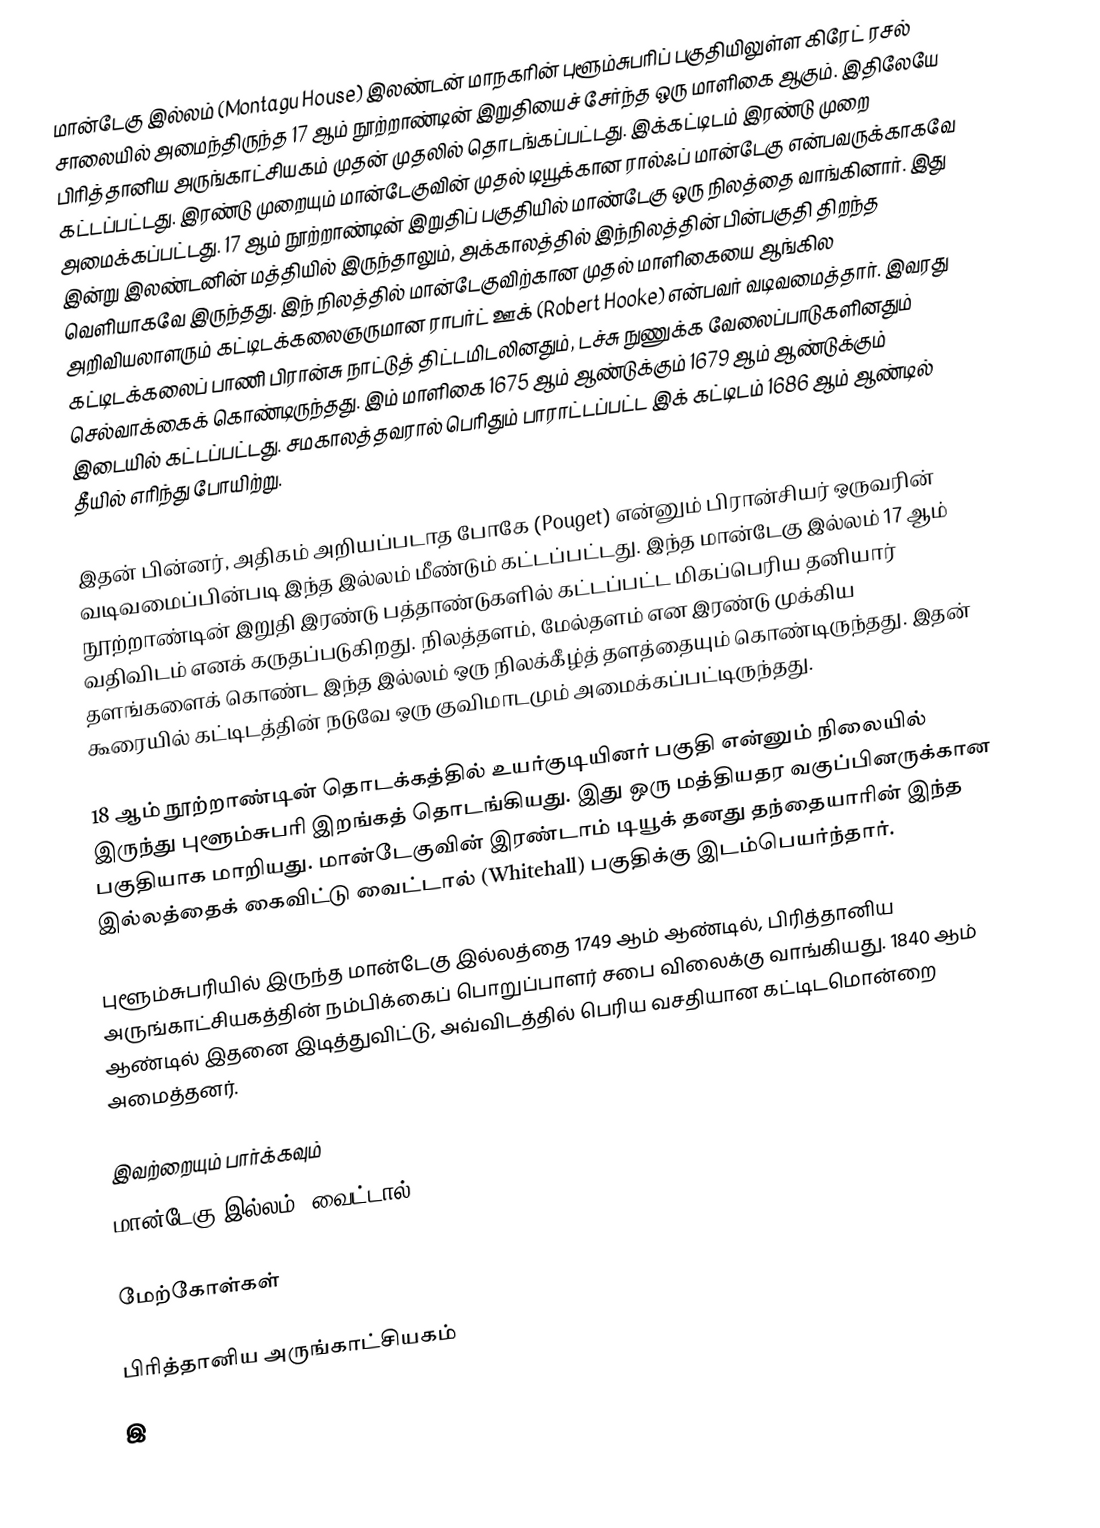
மான்டேகு இல்லம் (Montagu House) இலண்டன் மாநகரின் புளூம்சுபரிப் பகுதியிலுள்ள கிரேட் ரசல் சாலையில் அமைந்திருந்த 17 ஆம் நூற்றாண்டின் இறுதியைச் சேர்ந்த ஒரு மாளிகை ஆகும். இதிலேயே பிரித்தானிய அருங்காட்சியகம் முதன் முதலில் தொடங்கப்பட்டது. இக்கட்டிடம் இரண்டு முறை கட்டப்பட்டது. இரண்டு முறையும் மான்டேகுவின் முதல் டியூக்கான ரால்ஃப் மான்டேகு என்பவருக்காகவே அமைக்கப்பட்டது. 17 ஆம் நூற்றாண்டின் இறுதிப் பகுதியில் மாண்டேகு ஒரு நிலத்தை வாங்கினார். இது இன்று இலண்டனின் மத்தியில் இருந்தாலும், அக்காலத்தில் இந்நிலத்தின் பின்பகுதி திறந்த வெளியாகவே இருந்தது. இந் நிலத்தில் மான்டேகுவிற்கான முதல் மாளிகையை ஆங்கில அறிவியலாளரும் கட்டிடக்கலைஞருமான ராபர்ட் ஊக் (Robert Hooke) என்பவர் வடிவமைத்தார். இவரது கட்டிடக்கலைப் பாணி பிரான்சு நாட்டுத் திட்டமிடலினதும், டச்சு நுணுக்க வேலைப்பாடுகளினதும் செல்வாக்கைக் கொண்டிருந்தது. இம் மாளிகை 1675 ஆம் ஆண்டுக்கும் 1679 ஆம் ஆண்டுக்கும் இடையில் கட்டப்பட்டது. சமகாலத்தவரால் பெரிதும் பாராட்டப்பட்ட இக் கட்டிடம் 1686 ஆம் ஆண்டில் தீயில் எரிந்து போயிற்று.

இதன் பின்னர், அதிகம் அறியப்படாத போகே (Pouget) என்னும் பிரான்சியர் ஒருவரின் வடிவமைப்பின்படி இந்த இல்லம் மீண்டும் கட்டப்பட்டது. இந்த மான்டேகு இல்லம் 17 ஆம் நூற்றாண்டின் இறுதி இரண்டு பத்தாண்டுகளில் கட்டப்பட்ட மிகப்பெரிய தனியார் வதிவிடம் எனக் கருதப்படுகிறது. நிலத்தளம், மேல்தளம் என இரண்டு முக்கிய தளங்களைக் கொண்ட இந்த இல்லம் ஒரு நிலக்கீழ்த் தளத்தையும் கொண்டிருந்தது. இதன் கூரையில் கட்டிடத்தின் நடுவே ஒரு குவிமாடமும் அமைக்கப்பட்டிருந்தது.

18 ஆம் நூற்றாண்டின் தொடக்கத்தில் உயர்குடியினர் பகுதி என்னும் நிலையில் இருந்து புளூம்சுபரி இறங்கத் தொடங்கியது. இது ஒரு மத்தியதர வகுப்பினருக்கான பகுதியாக மாறியது. மான்டேகுவின் இரண்டாம் டியூக் தனது தந்தையாரின் இந்த இல்லத்தைக் கைவிட்டு வைட்டால் (Whitehall) பகுதிக்கு இடம்பெயர்ந்தார்.

புளூம்சுபரியில் இருந்த மான்டேகு இல்லத்தை 1749 ஆம் ஆண்டில், பிரித்தானிய அருங்காட்சியகத்தின் நம்பிக்கைப் பொறுப்பாளர் சபை விலைக்கு வாங்கியது. 1840 ஆம் ஆண்டில் இதனை இடித்துவிட்டு, அவ்விடத்தில் பெரிய வசதியான கட்டிடமொன்றை அமைத்தனர்.

இவற்றையும் பார்க்கவும்
 மான்டேகு இல்லம், வைட்டால்

மேற்கோள்கள்

பிரித்தானிய அருங்காட்சியகம்
இ